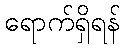
ရောက်ရှိရန်